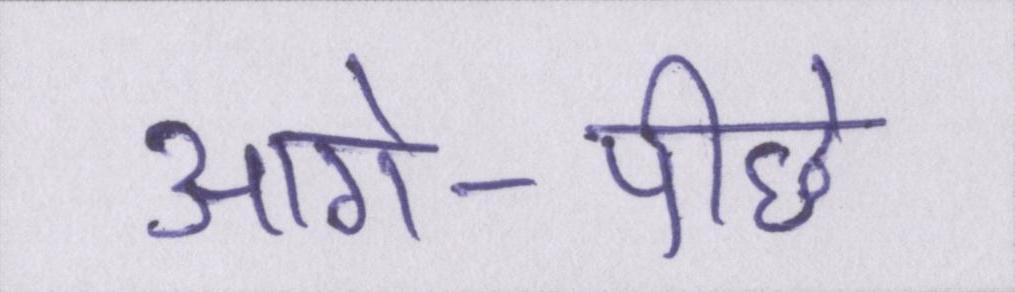
आगे-पीछे